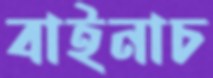
বাইনাচ